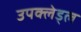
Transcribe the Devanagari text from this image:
उपक्लेड्ल